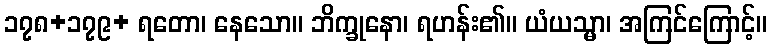
၁၇၈+၁၇၉+ ရတော၊ နေသော။ ဘိက္ခုနော၊ ရဟန်း၏။ ယံယသ္မာ၊ အကြင်ကြောင့်။